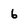
Character: 6